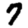
Digit: 7